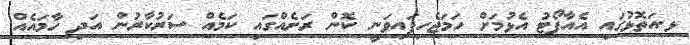
ޅ.އަތޮޅުގައި އެއާޕޯޓު އެޅުމަށް ހަމަޖެހިފައިވަނީ ކޮން ރަށެއްގައި ކަމެއް ސަރުކާރުން އަދި ހާމައެއް